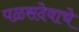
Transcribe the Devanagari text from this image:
पळसदेवाचे